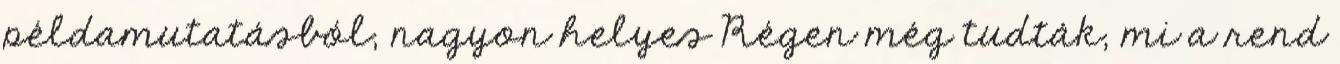
példamutatásból, nagyon helyes Régen még tudták, mi a rend